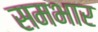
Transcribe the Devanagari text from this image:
समभार